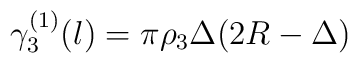
\gamma_{3}^{(1)}(l)=\pi{\rho_{3}}\Delta(2R-\Delta)